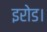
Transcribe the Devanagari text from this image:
इरोड।